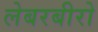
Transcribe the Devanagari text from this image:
लेबरबीरो